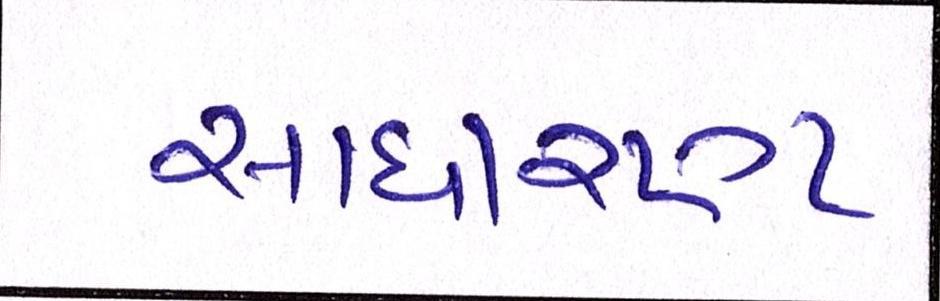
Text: સાધારણ